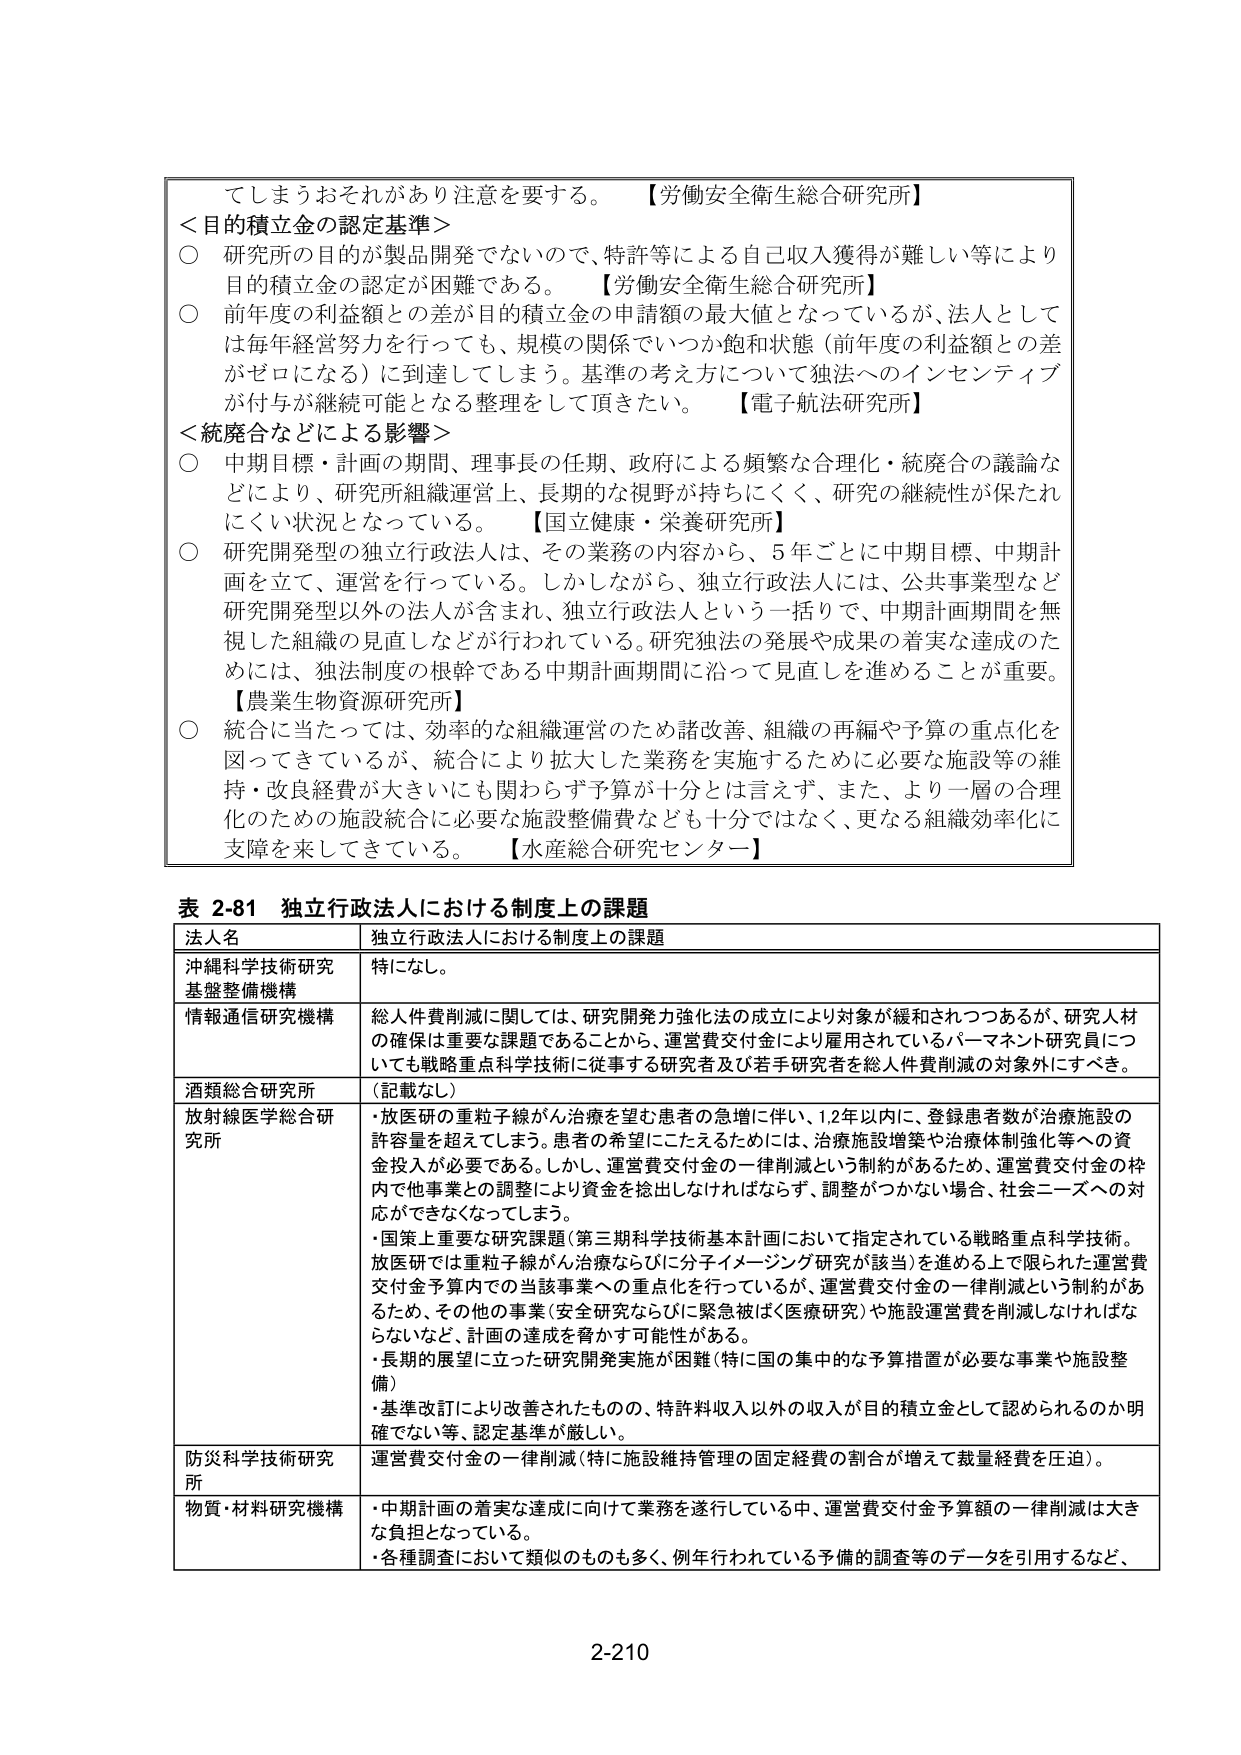
てしまうおそれがあり注意を要する。 【労働安全衛生総合研究所】
＜目的積立金の認定基準＞
○ 研究所の目的が製品開発でないので、特許等による自己収入獲得が難しい等により
目的積立金の認定が困難である。 【労働安全衛生総合研究所】
○ 前年度の利益額との差が目的積立金の申請額の最大値となっているが、法人として
は毎年経営努力を行っても、規模の関係でいつか飽和状態（前年度の利益額との差
がゼロになる）に到達してしまう。基準の考え方について独法へのインセンティブ
が付与が継続可能となる整理をして頂きたい。 【電子航法研究所】
＜統廃合などによる影響＞
○ 中期目標・計画の期間、理事長の任期、政府による頻繁な合理化・統廃合の議論な
どにより、研究所組織運営上、長期的な視野が持ちにくく、研究の継続性が保たれ
にくい状況となっている。 【国立健康・栄養研究所】
○ 研究開発型の独立行政法人は、その業務の内容から、5年ごとに中期目標、中期計
画を立て、運営を行っている。しかしながら、独立行政法人には、公共事業型など
研究開発型以外の法人が含まれ、独立行政法人という一括りで、中期計画期間を無
視した組織の見直しなどが行われている。研究独法の発展や成果の着実な達成のた
めには、独法制度の根幹である中期計画期間に沿って見直しを進めることが重要。
【農業生物資源研究所】
○ 統合に当たっては、効率的な組織運営のため諸改善、組織の再編や予算の重点化を
図ってきているが、統合により拡大した業務を実施するために必要な施設等の維
持・改良経費が大きいにも関わらず予算が十分とは言えず、また、より一層の合理
化のための施設統合に必要な施設整備費なども十分ではなく、更なる組織効率化に
支障を来してきている。 【水産総合研究センター】

表 2-81 独立行政法人における制度上の課題
法人名 独立行政法人における制度上の課題
沖縄科学技術研究 特になし。
基盤整備機構
情報通信研究機構 総人件費削減に関しては、研究開発力強化法の成立により対象が緩和されつつあるが、研究人材
の確保は重要な課題であることから、運営費交付金により雇用されているパーマネント研究員につ
いても戦略重点科学技術に従事する研究者及び若手研究者を総人件費削減の対象外にすべき。
酒類総合研究所 （記載なし）
放射線医学総合研 ・放医研の重粒子線がん治療を望む患者の急増に伴い、1,2年以内に、登録患者数が治療施設の
究所 許容量を超えてしまう。患者の希望にこたえるためには、治療施設増築や治療体制強化等への資
金投入が必要である。しかし、運営費交付金の一斉削減という制約があるため、運営費交付金の枠
内で他事業との調整により資金を捻出しなければならず、調整がつかない場合、社会ニーズへの対
応ができなくなってしまう。
・国策上重要な研究課題（第三期科学技術基本計画において指定されている戦略重点科学技術。
放医研では重粒子線がん治療ならびに分子イメージング研究が該当）を進める上で限られた運営費
交付金予算内での当該事業への重点化を行っているが、運営費交付金の一斉削減という制約があ
るため、その他の事業（安全研究ならびに緊急被ばく医療研究）や施設運営費を削減しなければな
らないなど、計画の達成を脅かす可能性がある。
・長期的展望に立った研究開発実施が困難（特に国の集中的な予算措置が必要な事業や施設整
備）
・基準改訂により改善されたものの、特許料収入以外の収入が目的積立金として認められるのか明
確でない等、認定基準が厳しい。
防災科学技術研究 運営費交付金の一斉削減（特に施設維持管理の固定経費の割合が増えて裁量経費を圧迫）。
所
物質・材料研究機構 ・中期計画の着実な達成に向けて業務を遂行している中、運営費交付金予算額の一斉削減は大き
な負担となっている。
・各種調査において類似のものも多く、例年行われている予備的調査等のデータを引用するなど、

2-210